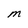
Character: M